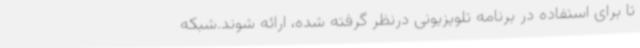
تا برای استفاده در برنامه تلویزیونی درنظر گرفته شده، ارائه شوند.شبکه